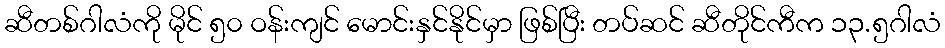
ဆီတစ်ဂါလံကို မိုင် ၅၀ ဝန်းကျင် မောင်းနှင်နိုင်မှာ ဖြစ်ပြီး တပ်ဆင် ဆီတိုင်ကီက ၁၃.၅ဂါလံ